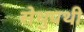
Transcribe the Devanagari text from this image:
सेथुपथी